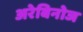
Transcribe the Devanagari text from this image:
अरेबिनोज